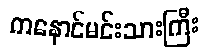
ကနောင်မင်းသားကြီး